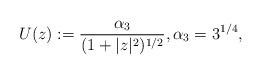
LaTeX: \begin{align*}U(z):=\frac{\alpha_3 }{(1+\vert z\vert^2)^{1/2}},\alpha_3=3^{1/4},\end{align*}